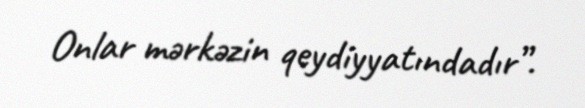
Onlar mərkəzin qeydiyyatındadır”.